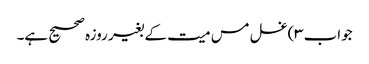
جواب۳)غسل مس میت کے بغیر روزہ صحیح ہے۔